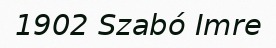
1902 Szabó Imre